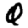
Digit: 0